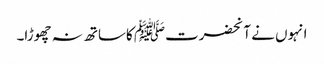
انہوں نے آنحضرتﷺ کاساتھ نہ چھوڑا۔